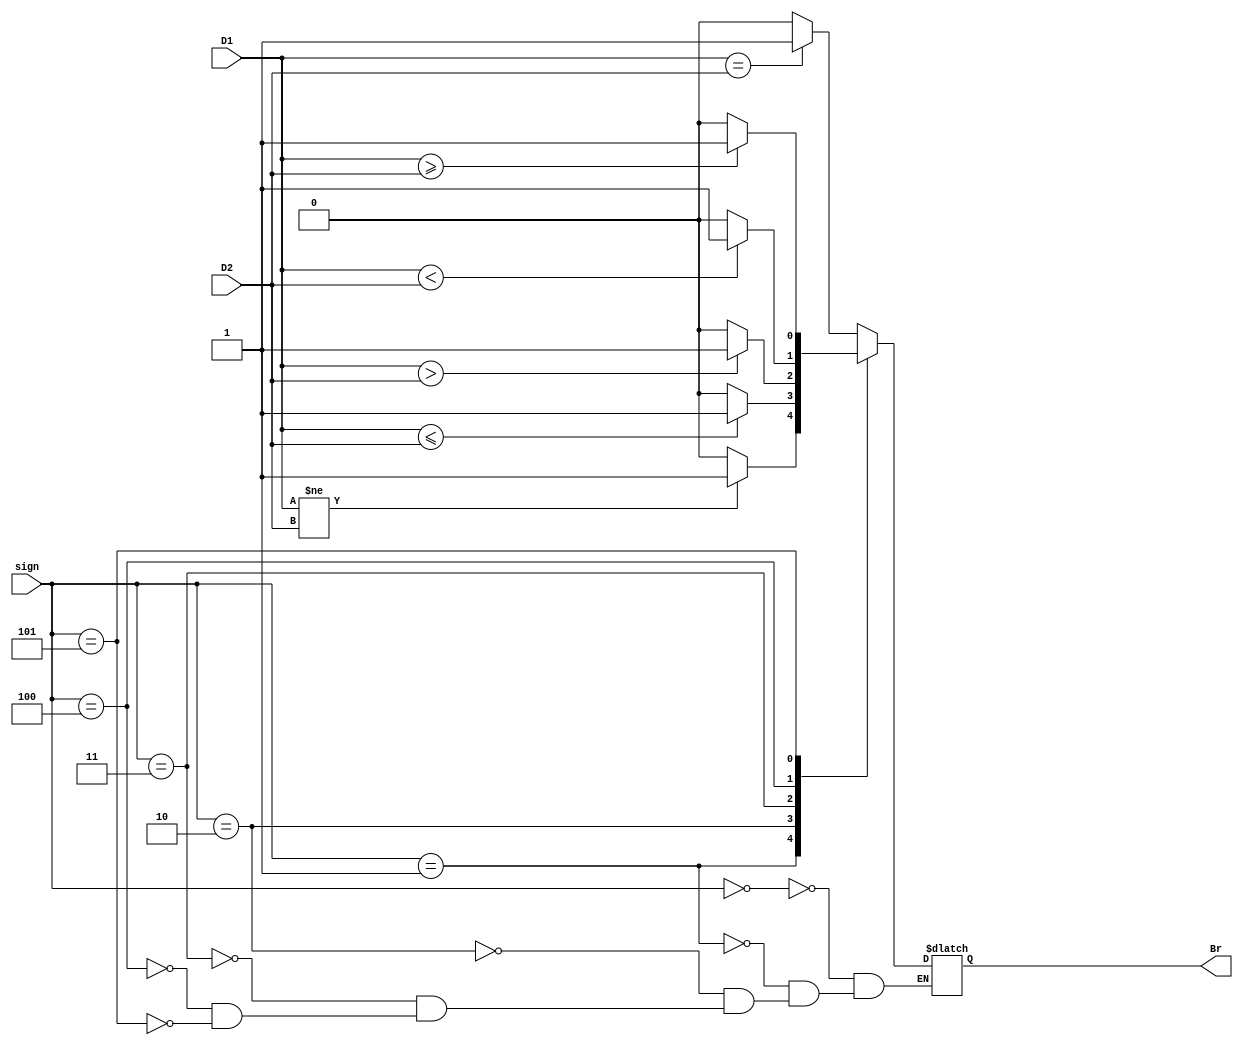
module CMP(D1,D2,sign,Br);
  input [31:0]D1,D2;
  input [2:0]sign;//
                  //000(BEQ) :D1==D2
                  //001(BNE) :D1!=D2
                  //010(BLEZ) :D1<=D2(D2=0)
                 	//011(BGTZ):D1>D2(D2=0)	
                 	//100(BLTZ) :D1<D2(D2=0)	
                 	//101(BGEZ) :D1>=D2(D2=0)
  output Br;//1:branch 0:no branch
  reg reg_Br;
  
  always@(*)
  case(sign)
    3'b000: reg_Br=($signed(D1)==$signed(D2))? 1:0;
    3'b001: reg_Br=($signed(D1)!=$signed(D2))? 1:0;
    3'b010: reg_Br=($signed(D1)<=$signed(D2))? 1:0;
    3'b011: reg_Br=($signed(D1)>$signed(D2))? 1:0;
    3'b100: reg_Br=($signed(D1)<$signed(D2))? 1:0;
    3'b101: reg_Br=($signed(D1)>=$signed(D2))? 1:0;
  endcase
  
  assign Br=reg_Br;
endmodule